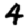
Digit: 4